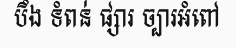
បឹង ទំពន់ ផ្សារ ច្បារអំពៅ